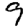
Digit: 9